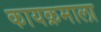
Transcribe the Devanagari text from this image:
कायक्रमाला